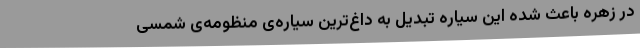
در زهره باعث شده این سیاره تبدیل به داغ‌ترین سیاره‌ی منظومه‌ی شمسی